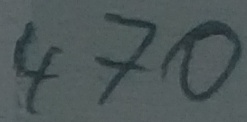
Text: 470